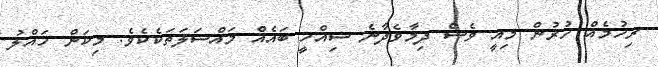
ރިހުމެއް ހުރުން މިއީ ވެސް ދިމާވެދާނެ ސިއްހީ ބައެއް މައްސަލަތަކެކެވެ. މިކަން ހައްލު